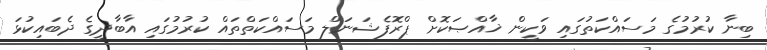
ބިނާ ކުރުމުގެ މަސައްކަތުގައި ވަކީން ޚާއްޞަކޮށް ޕްރޮފެޝަނަލް މަސައްކަތްތައް ކުރުމުގައި އާބާދީގެ ދެބައިކުޅަ